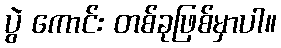
ပွဲ ကောင်း တစ်ခုဖြစ်မှာပါ။